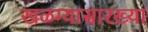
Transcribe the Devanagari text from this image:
खळग्यासारख्या